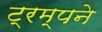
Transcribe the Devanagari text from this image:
ट्रम्पने